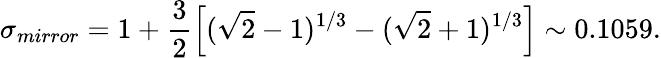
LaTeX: \sigma_{mirror}=1+\frac{3}{2}\left[(\sqrt{2}-1)^{1/3}-(\sqrt{2}+1)^{1/3}\right]\sim 0.1059.